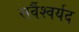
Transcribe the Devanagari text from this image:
सर्वैश्‍वर्यद